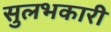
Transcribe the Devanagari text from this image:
सुलभकारी